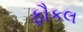
ફૌકલ